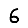
Digit: 6